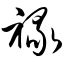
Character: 禄